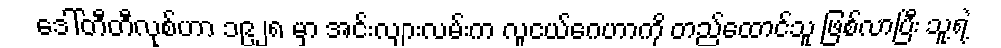
ဒေါ်တီတီလုစ်ဟာ ၁၉၂၈ မှာ အင်းလျားလမ်းက လူငယ်ဂေဟာကို တည်ထောင်သူ ဖြစ်လာပြီး သူ့ရဲ့